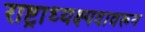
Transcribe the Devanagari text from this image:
राष्ट्राध्यक्ष्पदावरून